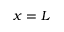
x = L